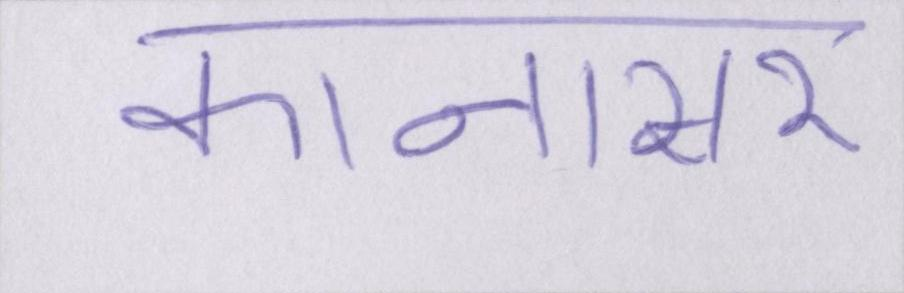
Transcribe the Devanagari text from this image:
कानासर